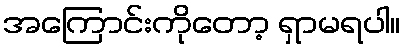
အကြောင်းကိုတော့ ရှာမရပါ။